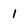
Character: 1